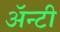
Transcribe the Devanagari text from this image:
ॲन्टी